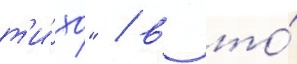
т'и́хо" / в то́